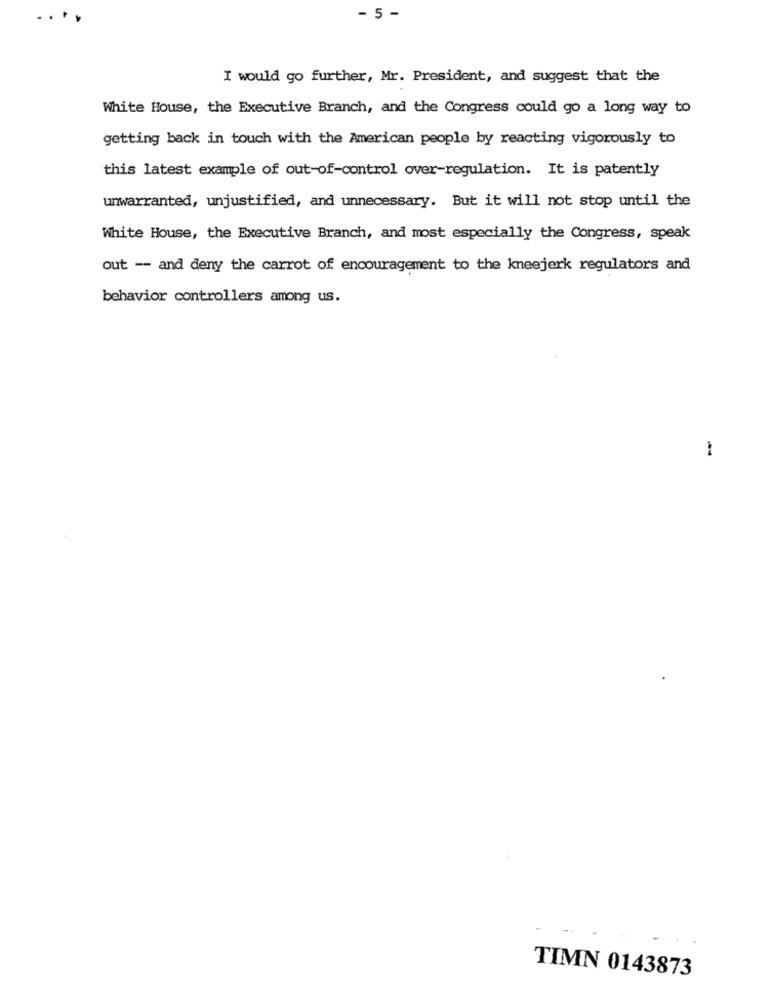
...
- 5 -
I would go further, Mr. President, and suggest that the
White House, the Executive Branch, and the Congress could go a long way to
getting back in touch with the American people by reacting vigorously to
this latest example of out-of-control over-regulation. It is patently
unwarranted, unjustified, and unnecessary. But it will not stop until the
White House, the Executive Branch, and most especially the Congress, speak
out -- and deny the carrot of encouragement to the kneejerk regulators and
behavior controllers among us.
TIMN 0143873